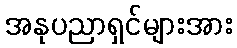
အနုပညာရှင်များအား